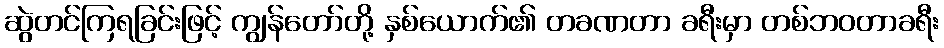
ဆွဲတင်ကြရခြင်းဖြင့် ကျွန်တော်တို့ နှစ်ယောက်၏ တခဏတာ ခရီးမှာ တစ်ဘဝတာခရီး